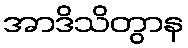
အာဒိသိတွာန